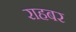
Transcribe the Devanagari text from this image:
राहबर